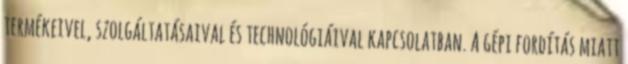
termékeivel, szolgáltatásaival és technológiáival kapcsolatban. A gépi fordítás miatt